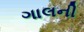
ગાલની